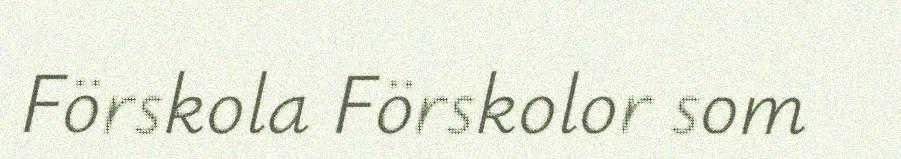
Förskola Förskolor som